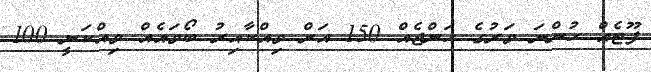
ފޫޓެއް ހުންނަ ވަރުގެ ހަންޖެއް 150 އަށް ވިއްކާއިރު ބޯވައެއް ވިއްކަނީ 100